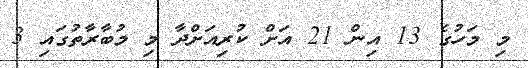
މި މަހުގެ 13 އިން 21 އަށް ކުރިއަށްދާ މި މުބާރާތުގައި 3